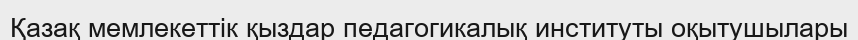
Қазақ мемлекеттік қыздар педагогикалық институты оқытушылары